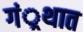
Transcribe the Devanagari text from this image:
गं्रथात